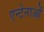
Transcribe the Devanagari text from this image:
एन्टेनाओं